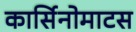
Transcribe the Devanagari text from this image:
कार्सिनोमाटस